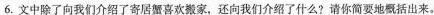
6.文中除了向我们介绍了寄居蟹喜欢搬家，还向我们介绍了什么?请你简要地概括出来。